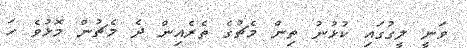
ވަނީ ލީގުގައި ކުޅުނު ތިން މެޗުގެ ތެރެއިން ދެ މެޗުން މޮޅުވެ ހަ